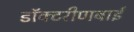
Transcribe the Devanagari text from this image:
डॉक्टरीणबाई